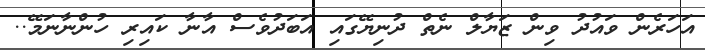
އަހަރެން ވައުދު ވިން ޒަޔާލް ނެތް ދުނިޔޭގައި އަބަދުވެސް އާނާ ކައިރި ހުންނާނަމޭ..